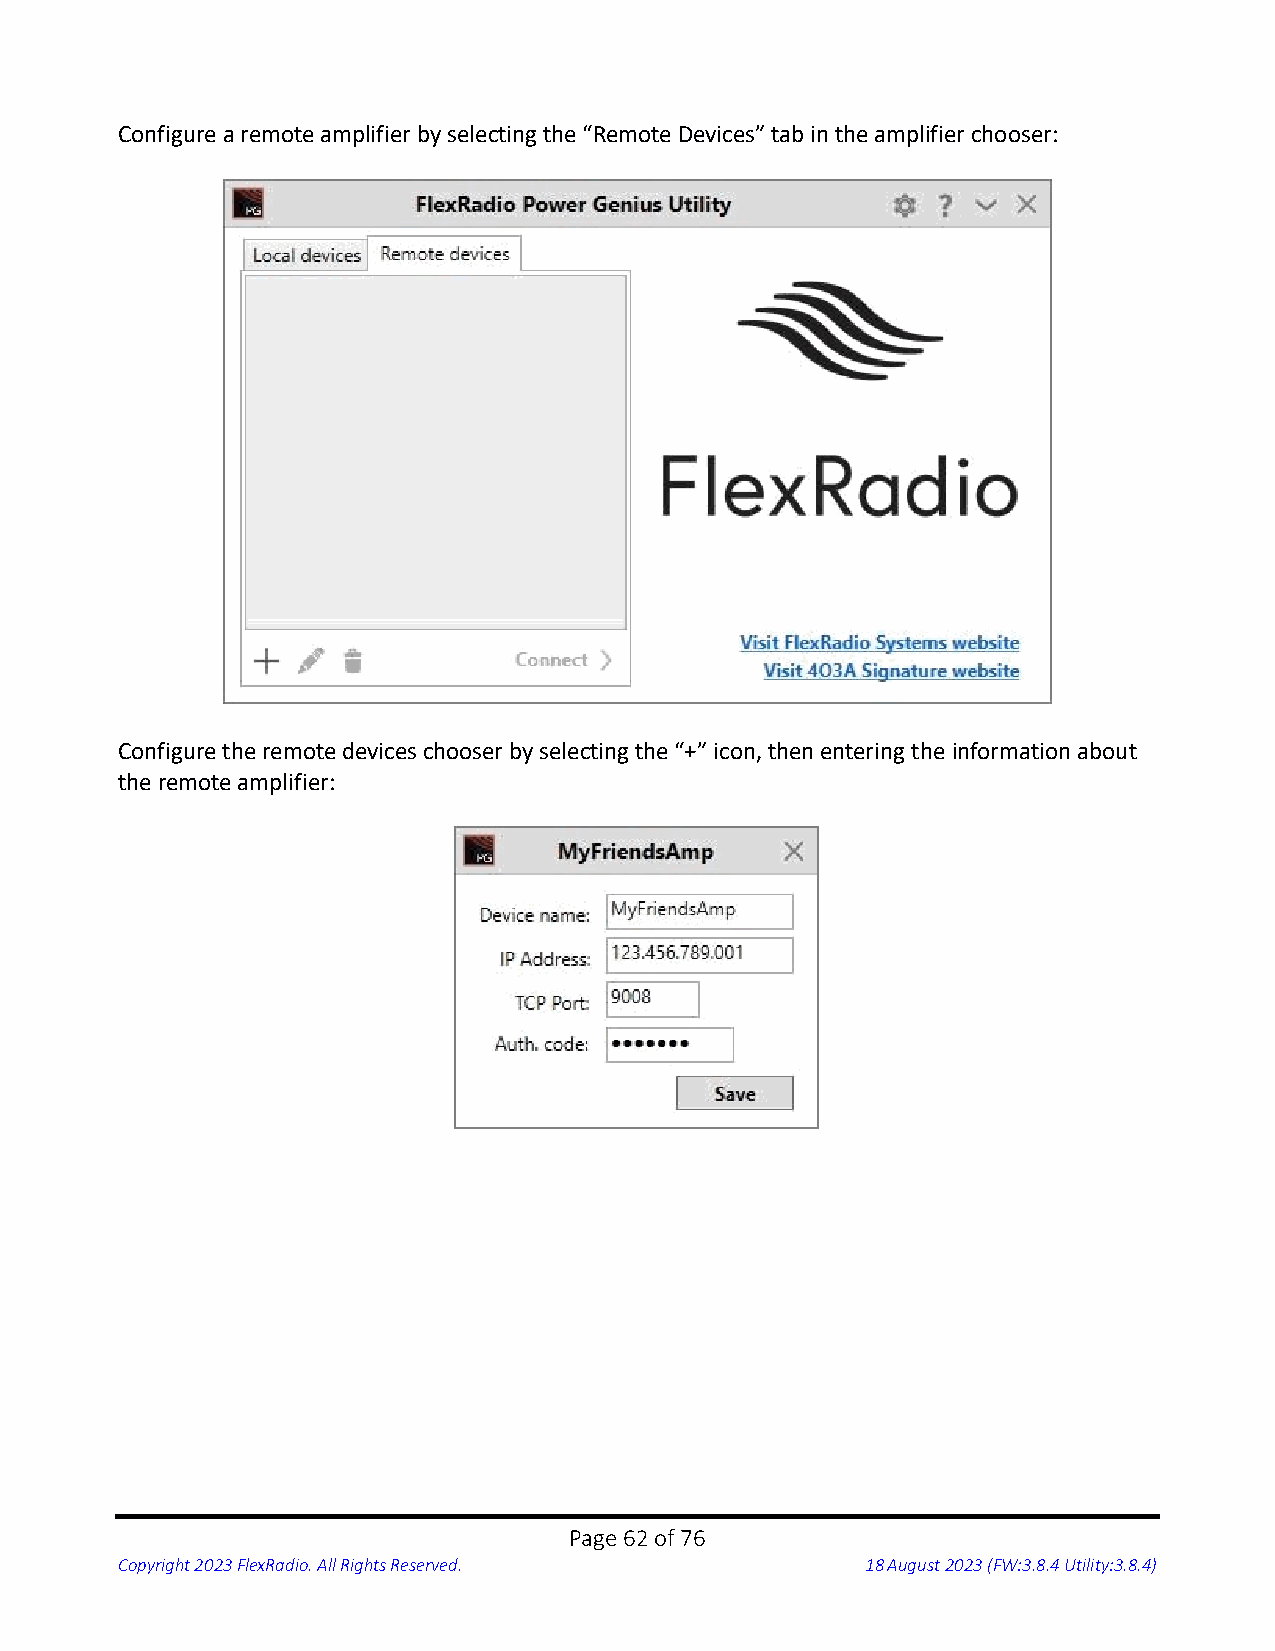
Configure a remote amplifier by selecting the “Remote Devices” tab in the amplifier chooser:
 Configure the remote devices chooser by selecting the “+” icon, then entering the information about
 the remote amplifier:
 Page 62 of 76
 Copyright 2023 FlexRadio. All Rights Reserved.   18 August 2023 (FW:3.8.4 Utility:3.8.4)